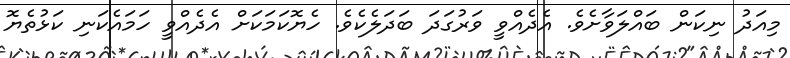
މިއަދު ނިކަން ބައްލަވާށެވެ. އެދެއްވީ ވަރުގަދަ ބަދަލެކެވެ. ހެޔޮކަމަކަށް އެދެއްވީ ހަމައެކަނި ކަޅުތެޔޮ